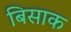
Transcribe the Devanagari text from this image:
बिसाक